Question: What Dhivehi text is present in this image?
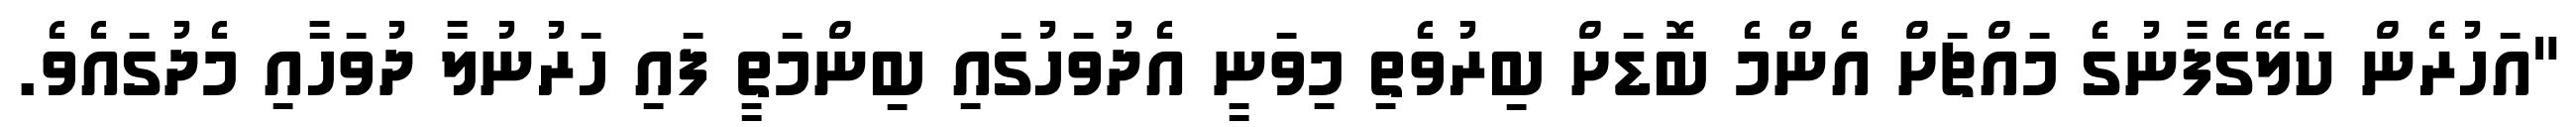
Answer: "އަހުރެން ކަލޭގެފާނުގެ މައްޗަށް އެންމެ ބޮޑަށް ބިރުވެތި މިވަނީ އެދުވަހުގައި ބިންމަތީ ފައި ހަރުނުލާ ދުވަހާއި މެދުގައެވެ.